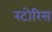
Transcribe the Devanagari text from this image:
स्टोरिस